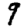
Digit: 9